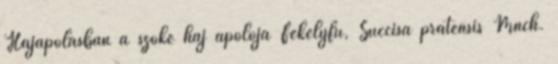
Hajápolásban a szőke haj ápolója Fekélyfű, Succisa pratensis Mnch.